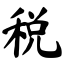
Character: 税